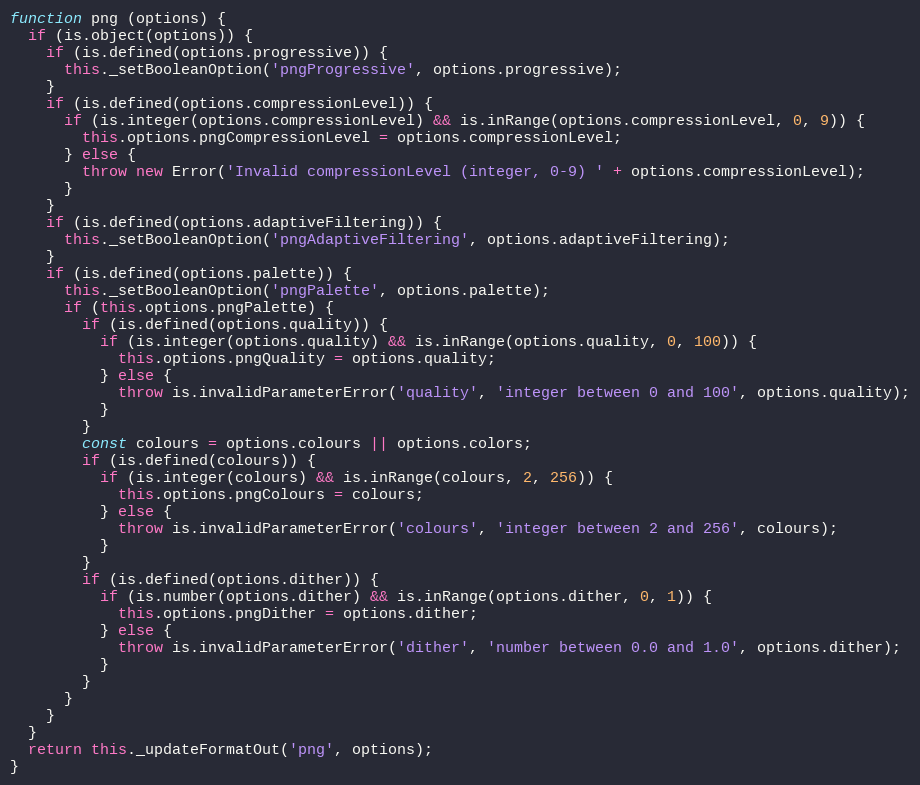
Language: JavaScript
function png (options) {
  if (is.object(options)) {
    if (is.defined(options.progressive)) {
      this._setBooleanOption('pngProgressive', options.progressive);
    }
    if (is.defined(options.compressionLevel)) {
      if (is.integer(options.compressionLevel) && is.inRange(options.compressionLevel, 0, 9)) {
        this.options.pngCompressionLevel = options.compressionLevel;
      } else {
        throw new Error('Invalid compressionLevel (integer, 0-9) ' + options.compressionLevel);
      }
    }
    if (is.defined(options.adaptiveFiltering)) {
      this._setBooleanOption('pngAdaptiveFiltering', options.adaptiveFiltering);
    }
    if (is.defined(options.palette)) {
      this._setBooleanOption('pngPalette', options.palette);
      if (this.options.pngPalette) {
        if (is.defined(options.quality)) {
          if (is.integer(options.quality) && is.inRange(options.quality, 0, 100)) {
            this.options.pngQuality = options.quality;
          } else {
            throw is.invalidParameterError('quality', 'integer between 0 and 100', options.quality);
          }
        }
        const colours = options.colours || options.colors;
        if (is.defined(colours)) {
          if (is.integer(colours) && is.inRange(colours, 2, 256)) {
            this.options.pngColours = colours;
          } else {
            throw is.invalidParameterError('colours', 'integer between 2 and 256', colours);
          }
        }
        if (is.defined(options.dither)) {
          if (is.number(options.dither) && is.inRange(options.dither, 0, 1)) {
            this.options.pngDither = options.dither;
          } else {
            throw is.invalidParameterError('dither', 'number between 0.0 and 1.0', options.dither);
          }
        }
      }
    }
  }
  return this._updateFormatOut('png', options);
}